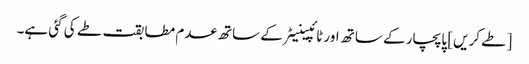
[طے کریں] پاپچار کے ساتھ اور ٹائپینیٹر کے ساتھ عدم مطابقت طے کی گئی ہے۔